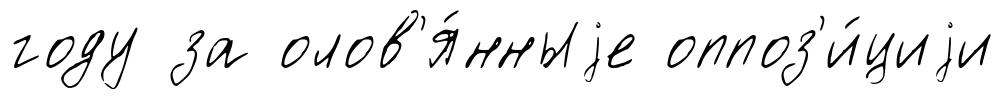
году за олов'я́нныjе оппоз'и́циjи